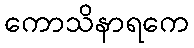
ကောသိနာရကေ